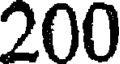
200